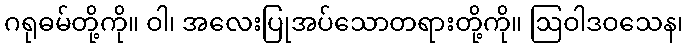
ဂရုဓမ်တို့ကို။ ဝါ၊ အလေးပြုအပ်သောတရားတို့ကို။ ဩဝါဒဝသေန၊